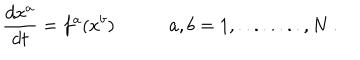
\frac { d x ^ { a } } { d t } = f ^ { a } ( x ^ { b } ) \ \, \ \ a , b = 1 , . . . . . . . . , N \ .